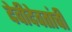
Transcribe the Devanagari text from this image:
देवीदेवतांची